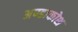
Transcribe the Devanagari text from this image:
अण्डाकोश